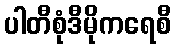
ပါတီစုံဒီမိုကရေစီ